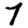
Digit: 7